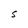
Character: S